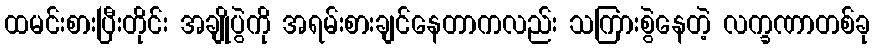
ထမင်းစားပြီးတိုင်း အချိုပွဲကို အရမ်းစားချင်နေတာကလည်း သကြားစွဲနေတဲ့ လက္ခဏာတစ်ခု